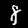
Label: 8